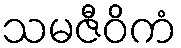
သမဇီဝိကံ